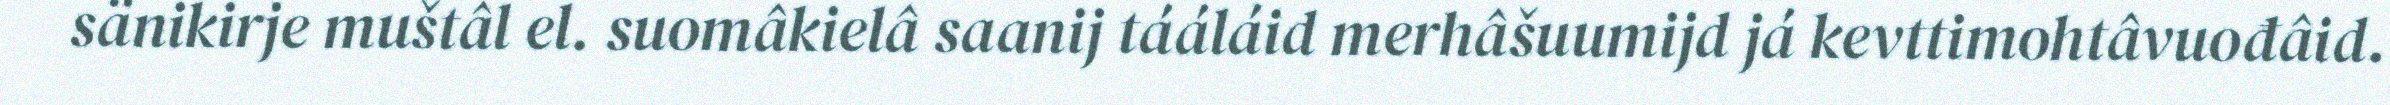
sänikirje muštâl el. suomâkielâ saanij tááláid merhâšuumijd já kevttimohtâvuođâid.